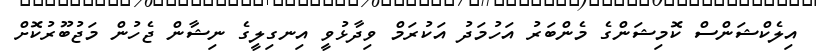
އިލެކްޝަންސް ކޮމިޝަންގެ މެންބަރު އަހުމަދު އަކުރަމް ވިދާޅުވީ އިނގިލީގެ ނިޝާން ޖެހުން މަޖުބޫރުކޮށް